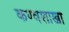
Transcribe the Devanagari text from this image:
कण्वशाखा